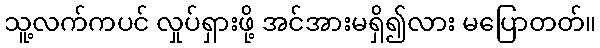
သူ့လက်ကပင် လှုပ်ရှားဖို့ အင်အားမရှိ၍လား မပြောတတ်။